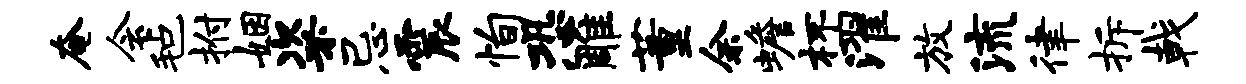
奄会毡拊姻粢忌震恂恐雕董余蟾杯濯放流律拆戟